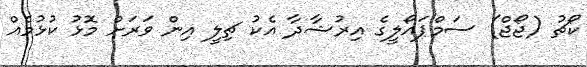
ކޯޗު (ޖޯޖް) ސަމްޕައޯލީގެ އިރުޝާދާ އެކު ޗިލީ އިން ވަރަށް މޮޅު ކުޅުމެއް